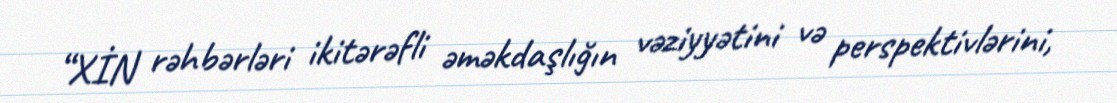
“XİN rəhbərləri ikitərəfli əməkdaşlığın vəziyyətini və perspektivlərini,